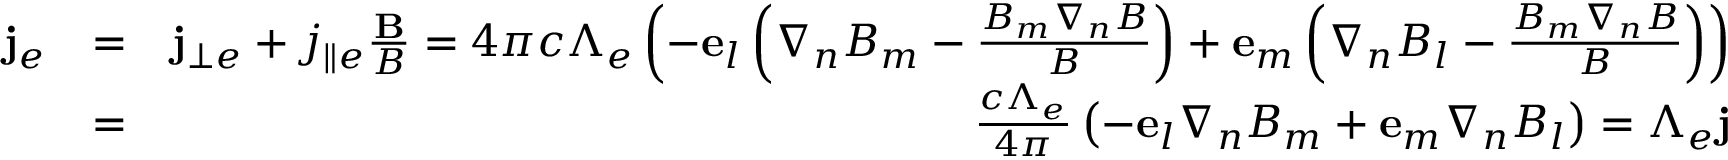
\begin{array} { r l r } { { \bf j } _ { e } } & { = } & { { \bf j } _ { \bot e } + j _ { \parallel e } \frac { { \bf B } } { B } = 4 \pi c \Lambda _ { e } \left( { - { \bf e } _ { l } \left( { \nabla _ { n } B _ { m } - \frac { { B _ { m } \nabla _ { n } B } } { B } } \right) + { \bf e } _ { m } \left( { \nabla _ { n } B _ { l } - \frac { { B _ { m } \nabla _ { n } B } } { B } } \right) } \right) } \\ & { = } & { \frac { c \Lambda _ { e } } { 4 \pi } \left( { - { \bf e } _ { l } \nabla _ { n } B _ { m } + { \bf e } _ { m } \nabla _ { n } B _ { l } } \right) = \Lambda _ { e } { \bf j } } \end{array}